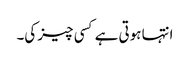
انتہا ہوتی ہے کسی چیز کی۔